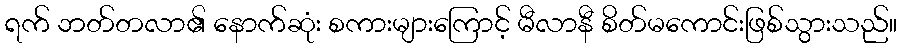
ရက် ဘတ်တလာ၏ နောက်ဆုံး စကားများကြောင့် မီလာနီ စိတ်မကောင်းဖြစ်သွားသည်။